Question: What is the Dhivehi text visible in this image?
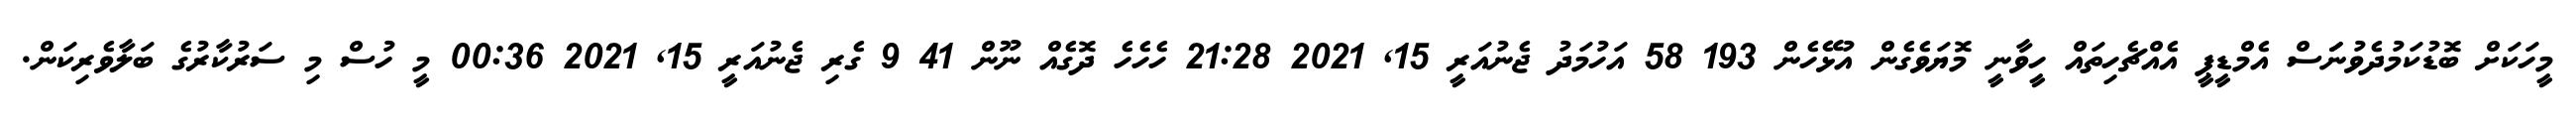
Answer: މީހަކަށް ބޮޑުކަމުދެވުނަަަސް އެމްޑީޕީ އެއްޗެހިތައް ހީވާނީ މޮޔަވެގެން އުޅޭހެން 193 58 އަހުމަދު ޖެނުއަރީ 15, 2021 21:28 ހެހެހެ ދޮގެއް ނޫން 41 9 ގެރި ޖެނުއަރީ 15, 2021 00:36 މީ ހުސް މި ސަރުކާރުގެ ބަލާވެރިކަން.